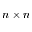
n \times n